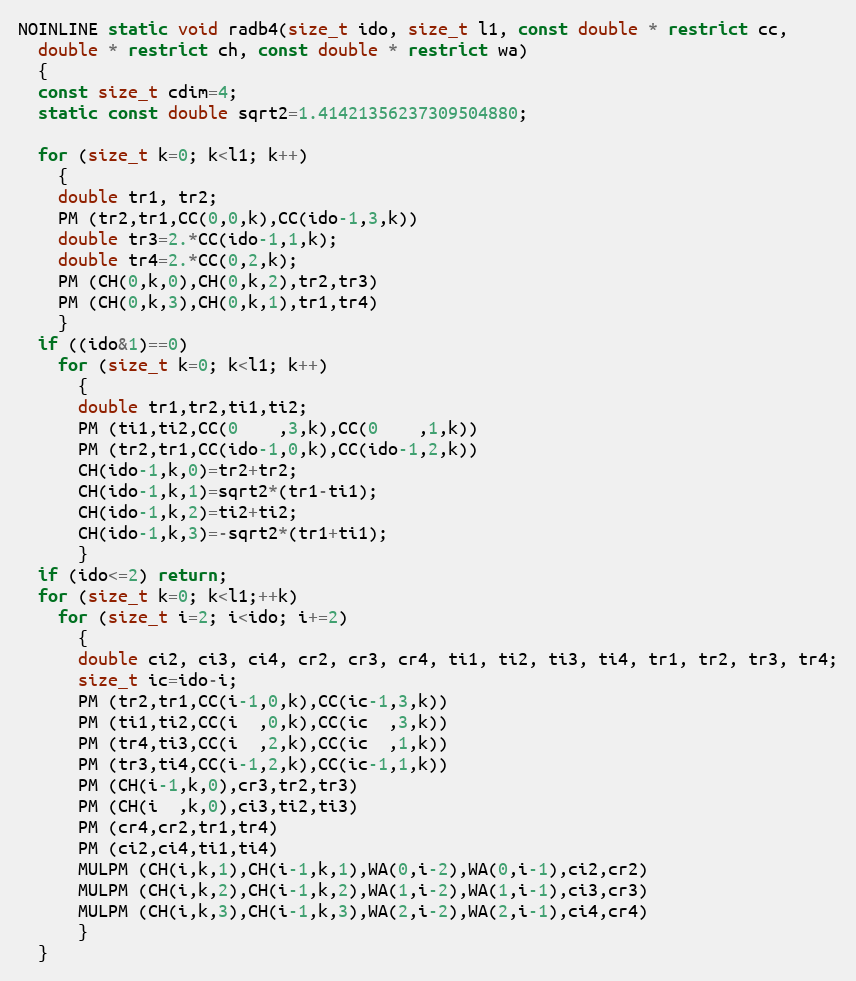
Language: C
NOINLINE static void radb4(size_t ido, size_t l1, const double * restrict cc,
  double * restrict ch, const double * restrict wa)
  {
  const size_t cdim=4;
  static const double sqrt2=1.41421356237309504880;

  for (size_t k=0; k<l1; k++)
    {
    double tr1, tr2;
    PM (tr2,tr1,CC(0,0,k),CC(ido-1,3,k))
    double tr3=2.*CC(ido-1,1,k);
    double tr4=2.*CC(0,2,k);
    PM (CH(0,k,0),CH(0,k,2),tr2,tr3)
    PM (CH(0,k,3),CH(0,k,1),tr1,tr4)
    }
  if ((ido&1)==0)
    for (size_t k=0; k<l1; k++)
      {
      double tr1,tr2,ti1,ti2;
      PM (ti1,ti2,CC(0    ,3,k),CC(0    ,1,k))
      PM (tr2,tr1,CC(ido-1,0,k),CC(ido-1,2,k))
      CH(ido-1,k,0)=tr2+tr2;
      CH(ido-1,k,1)=sqrt2*(tr1-ti1);
      CH(ido-1,k,2)=ti2+ti2;
      CH(ido-1,k,3)=-sqrt2*(tr1+ti1);
      }
  if (ido<=2) return;
  for (size_t k=0; k<l1;++k)
    for (size_t i=2; i<ido; i+=2)
      {
      double ci2, ci3, ci4, cr2, cr3, cr4, ti1, ti2, ti3, ti4, tr1, tr2, tr3, tr4;
      size_t ic=ido-i;
      PM (tr2,tr1,CC(i-1,0,k),CC(ic-1,3,k))
      PM (ti1,ti2,CC(i  ,0,k),CC(ic  ,3,k))
      PM (tr4,ti3,CC(i  ,2,k),CC(ic  ,1,k))
      PM (tr3,ti4,CC(i-1,2,k),CC(ic-1,1,k))
      PM (CH(i-1,k,0),cr3,tr2,tr3)
      PM (CH(i  ,k,0),ci3,ti2,ti3)
      PM (cr4,cr2,tr1,tr4)
      PM (ci2,ci4,ti1,ti4)
      MULPM (CH(i,k,1),CH(i-1,k,1),WA(0,i-2),WA(0,i-1),ci2,cr2)
      MULPM (CH(i,k,2),CH(i-1,k,2),WA(1,i-2),WA(1,i-1),ci3,cr3)
      MULPM (CH(i,k,3),CH(i-1,k,3),WA(2,i-2),WA(2,i-1),ci4,cr4)
      }
  }